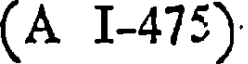
(A I-475)